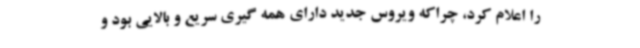
را اعلام کرد، چراکه ویروس جدید دارای همه گیری سریع و بالایی بود و